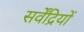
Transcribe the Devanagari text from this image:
सर्वेंद्रियों